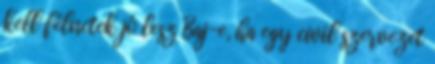
kell félnetek jó lesz Baj-e, ha egy civil szervezet